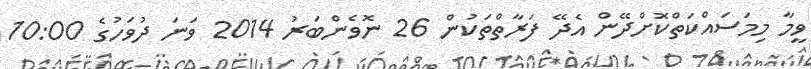
ވީމާ މިމަސައްކަތްކޮށްދޭން އެދޭ ފަރާތްތަކުން 26 ނޮވެންބަރު 2014 ވަނަ ދުވަހުގެ 10:00